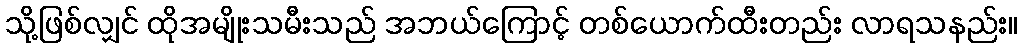
သို့ဖြစ်လျှင် ထိုအမျိုးသမီးသည် အဘယ်ကြောင့် တစ်ယောက်ထီးတည်း လာရသနည်း။